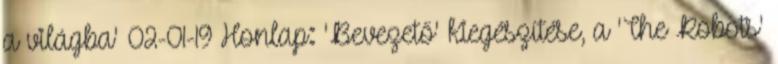
a világba' 02-01-19 Honlap: 'Bevezető' kiegészítése, a 'The Robots'